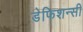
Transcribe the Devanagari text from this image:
डेफिशन्सी